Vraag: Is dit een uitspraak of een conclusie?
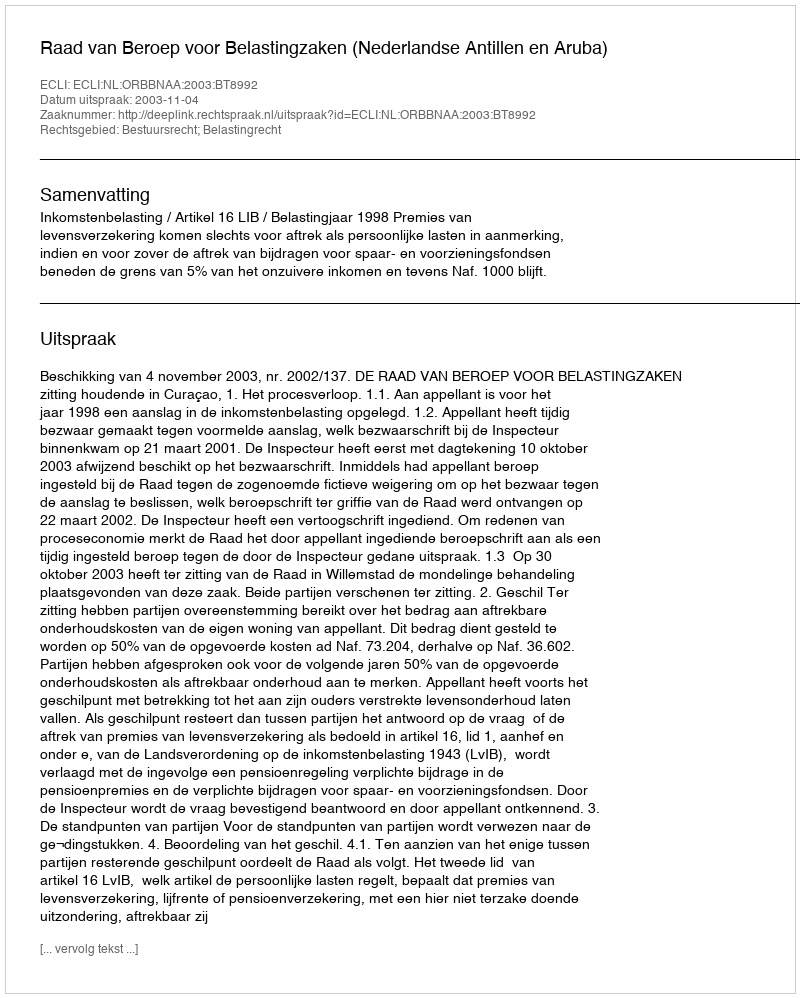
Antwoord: Uitspraak